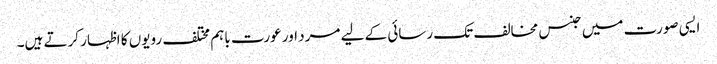
ایسی صورت میں جنس مخالف تک رسائی کے لیے مرد اور عورت باہم مختلف رویوں کا اظہار کرتے ہیں۔